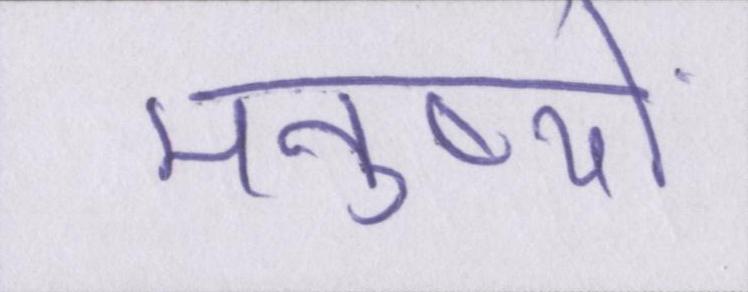
मनुष्यों